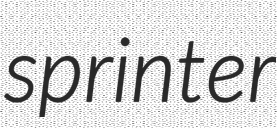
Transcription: sprinter